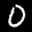
Label: 0